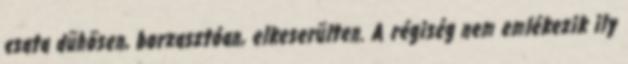
csata dühösen, borzasztóan, elkeserülten. A régiség nem emlékezik ily